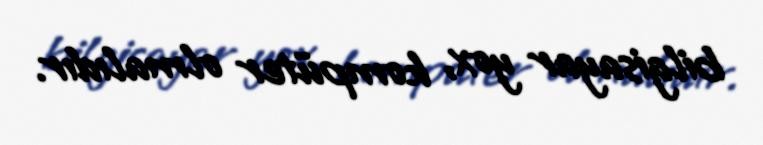
bilgisayar yox, kompüter olmalıdır.